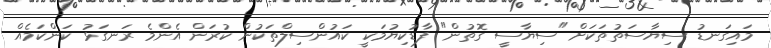
މައިގަނޑު ސިޔާސަތުތަކަށް "ސިޔާސީ ގޮތުން" ފާޑުކިޔުމަކީ ކައުންސިލްތަކުން ކުރަން އެންމެ ރަނގަޅު ކަންކަމެއް